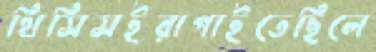
থিসিসইরাগাইতেছিলে